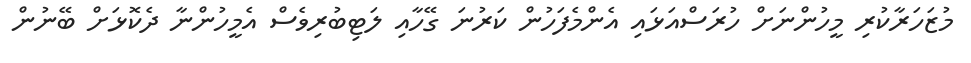
މުޒަހަރާކުރި މީހުންނަށް ހުރަސްއަޅައި އެންމެފަހުން ކަރުނަ ގޭހާއި ލަޓިބުރިވެސް އެމީހުންނާ ދެކޮޅަށް ބޭނުން